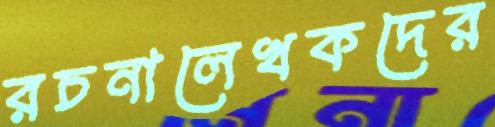
রচনালেখকদের